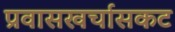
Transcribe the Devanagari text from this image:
प्रवासखर्चासकट